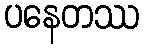
ပနေတဿ